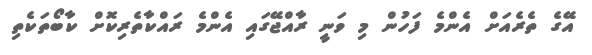
އޭގެ ތެރެއަށް އެންމެ ފަހުން މި ވަނީ ރާއްޖޭގައި އެންމެ ރައްކާތެރިކޮށް ކާބޯތަކެތި